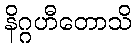
နိဂ္ဂဟီတောသိ